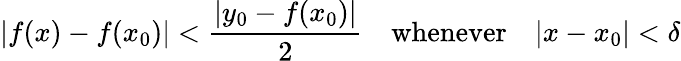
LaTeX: |f(x)-f(x_{0})|<{\frac{|y_{0}-f(x_{0})|}{2}}\quad{\mathrm{whenever}}\quad|x-x_{0}|<\delta